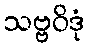
သဗ္ဗဝိဒုံ